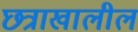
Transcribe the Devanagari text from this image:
छत्राखालील